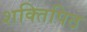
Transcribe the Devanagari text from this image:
शक्तिपिठ